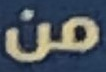
من